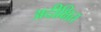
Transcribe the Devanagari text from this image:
अदीक्षित